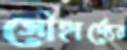
সৌহার্দ্যের